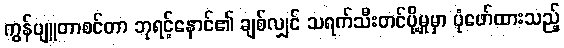
ကွန်ပျူတာစင်တာ ဘုရင့်နောင်၏ ချစ်လျှင် သရက်သီးတင်ပို့မှုမှာ ပုံဖော်ထားသည့်